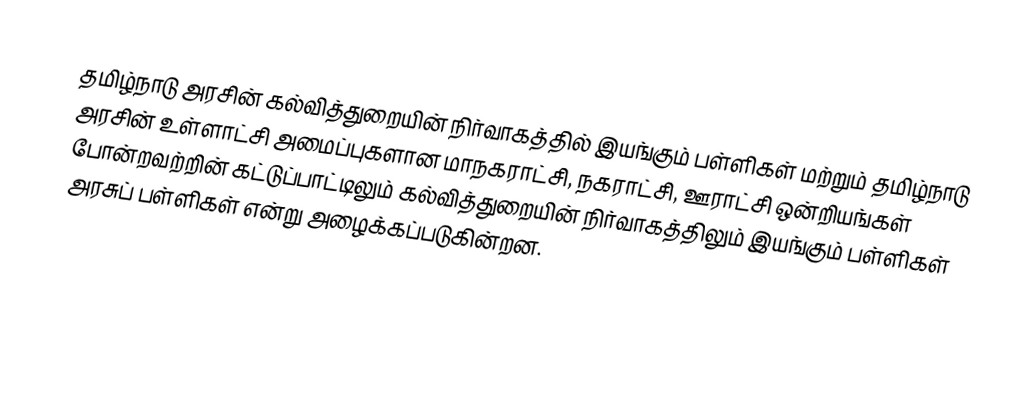
தமிழ்நாடு அரசின் கல்வித்துறையின் நிர்வாகத்தில் இயங்கும் பள்ளிகள் மற்றும் தமிழ்நாடு அரசின் உள்ளாட்சி அமைப்புகளான மாநகராட்சி, நகராட்சி, ஊராட்சி ஒன்றியங்கள் போன்றவற்றின் கட்டுப்பாட்டிலும் கல்வித்துறையின் நிர்வாகத்திலும் இயங்கும் பள்ளிகள் அரசுப் பள்ளிகள் என்று அழைக்கப்படுகின்றன.